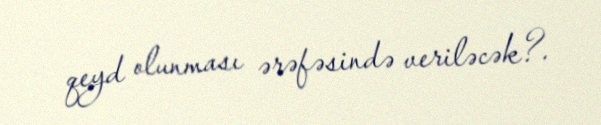
qeyd olunması ərəfəsində veriləcək?.